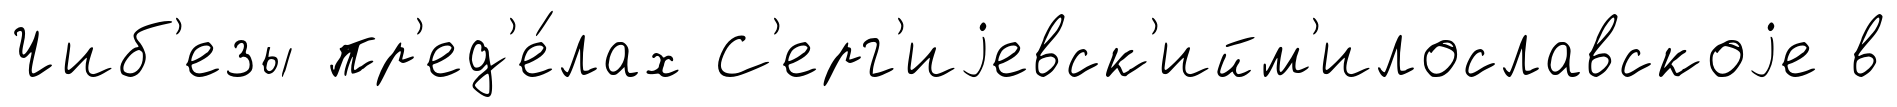
Чиб'езы пр'ед'е́лах С'ерг'иjевск'ийм'илославскоjе в